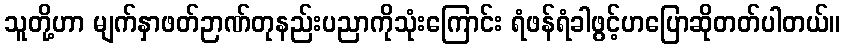
သူတို့ဟာ မျက်နှာဖတ်ဉာဏ်တုနည်းပညာကိုသုံးကြောင်း ရံဖန်ရံခါဖွင့်ဟပြောဆိုတတ်ပါတယ်။